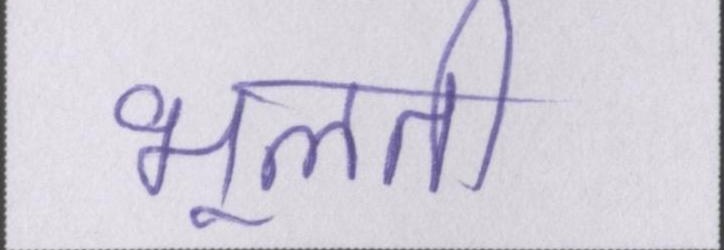
भूलती